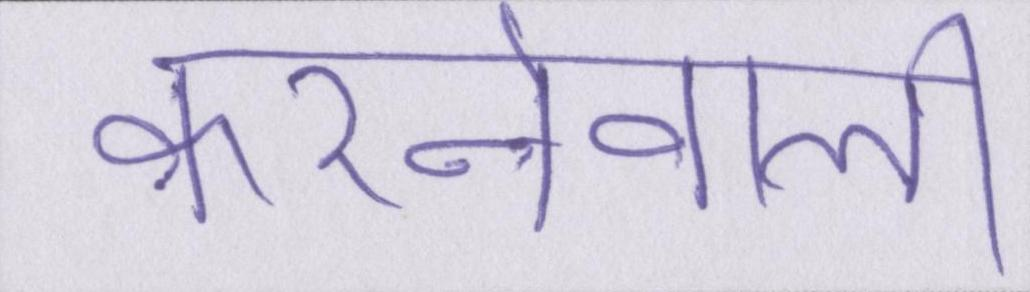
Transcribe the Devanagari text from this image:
करनेवाली